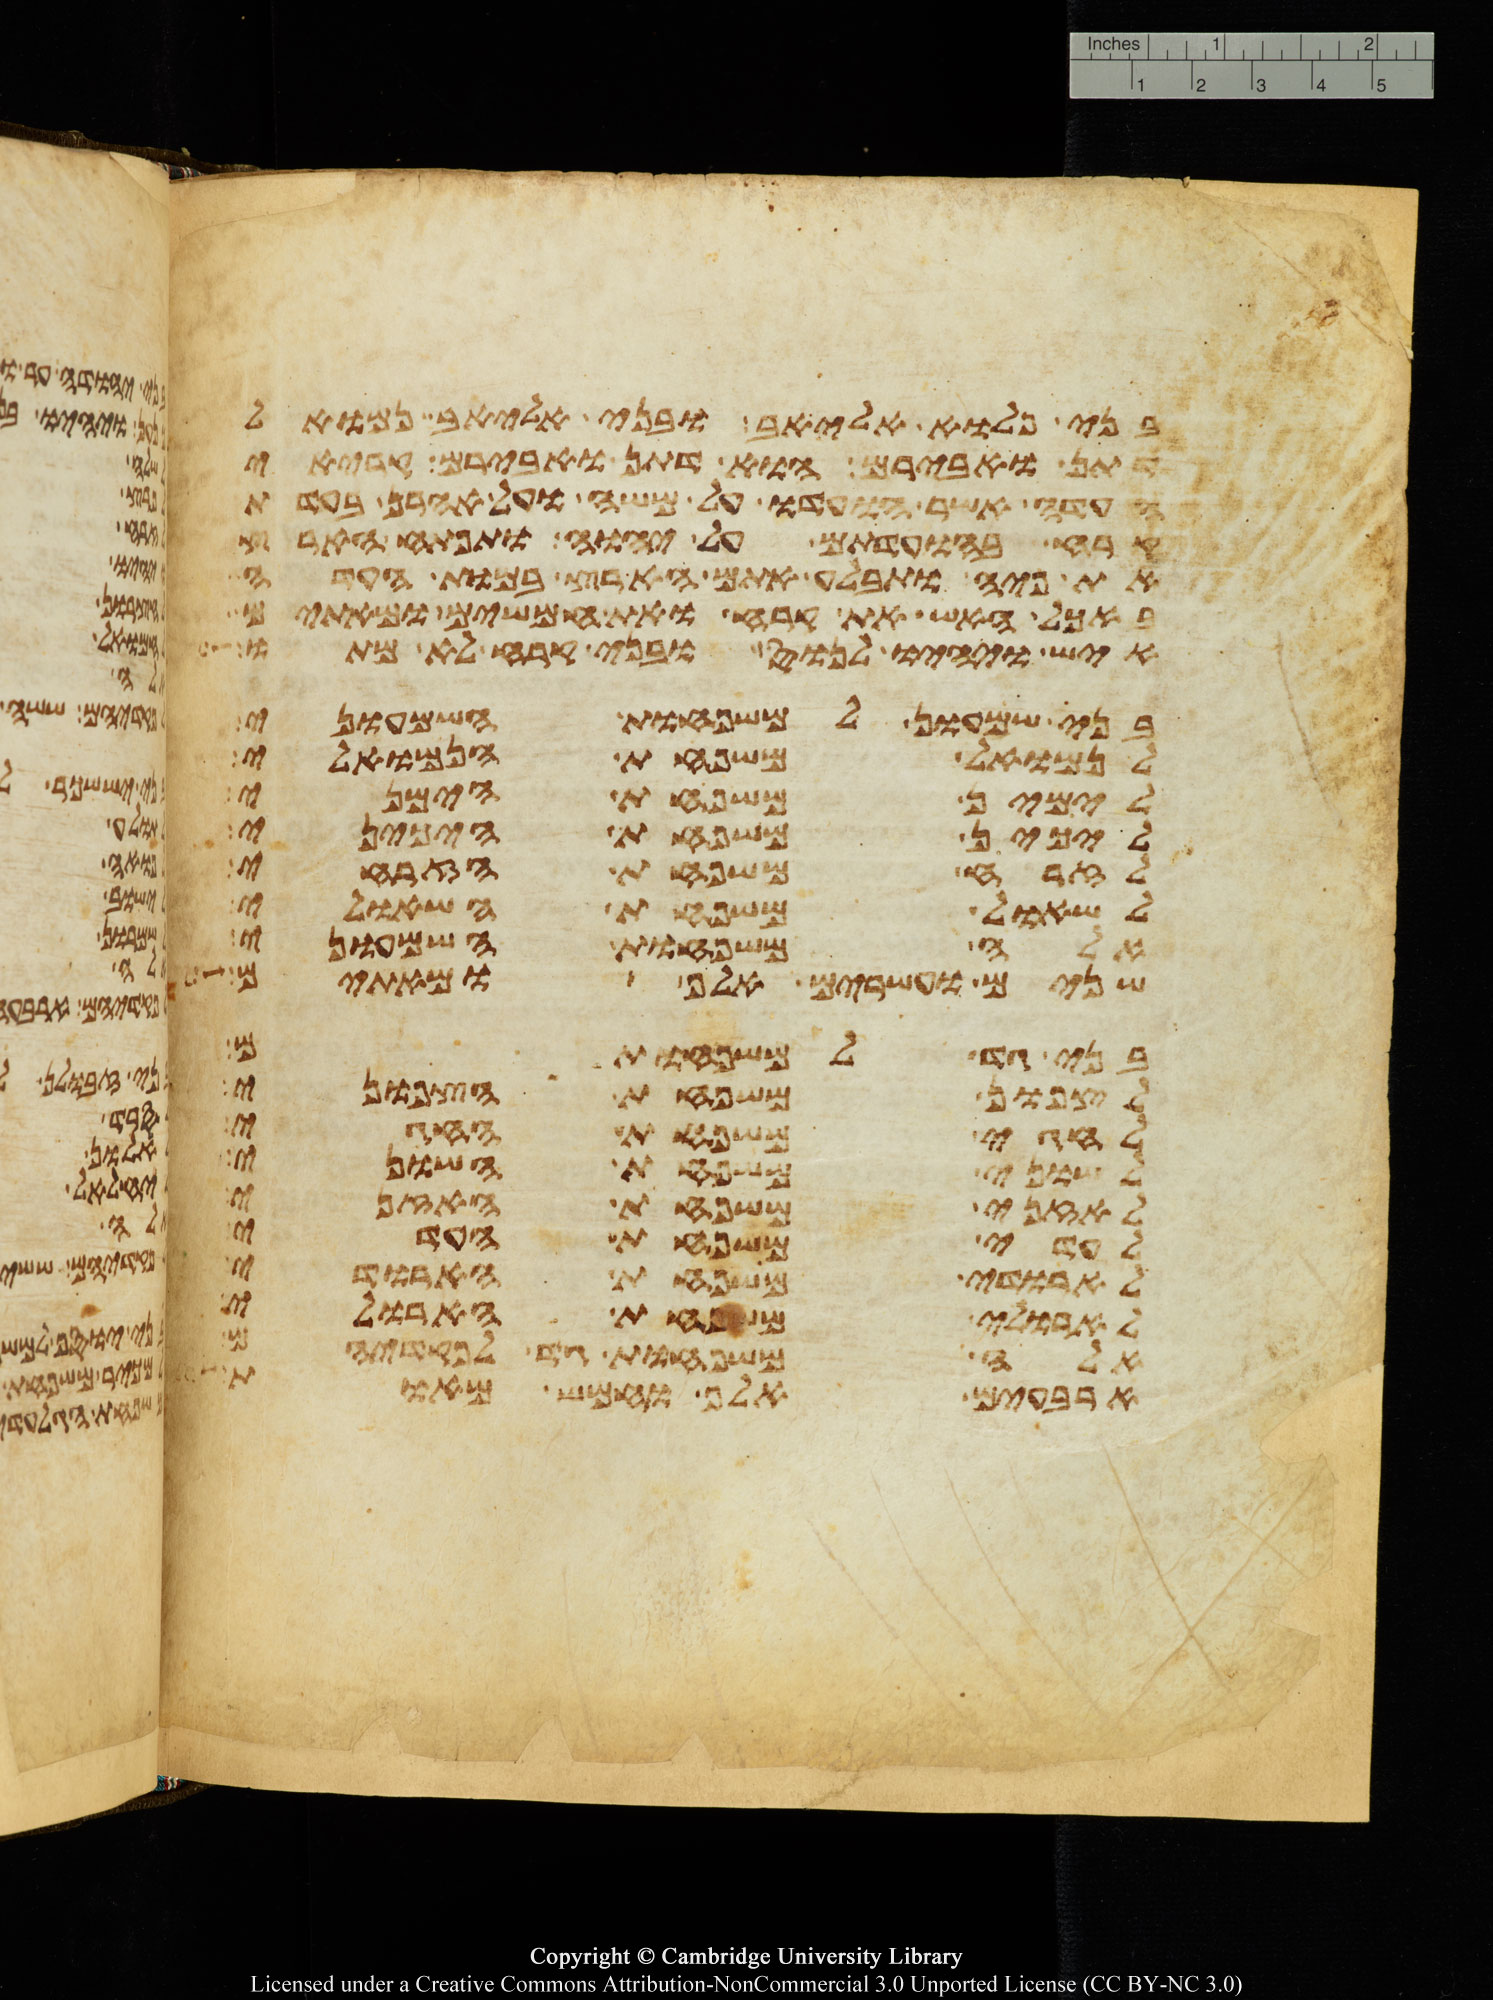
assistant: בני פלוא אליאב ובני אליאב נמואל
דתן ואבירם הוא דתן ואבירם קריאי
העדה אשר הועדו על משה ועל אהרן בעדת
קרח בהועדתם על יהוה ותפתח הארץ
את פיה ותבלע אתם הארץ במות העדה
באכל האש את קרח ואת חמשים ומאתים
איש ויהיו לנוס ובני קרח לא מתו
בני שמעון למשפחות השמעוני
לנמואל משפחת הנמואלי
לימין משפחת הימיני
ליכין משפחת היכיני
לזרח משפחת הזרחי
לשאול משפחת השאולי
אלה משפחות השמעוני
שנים ועשרים אלף ומאתים
בני גד למשפחותם
לצפון משפחת הצפוני
לחגי משפחת החגי
לשוני משפחת השוני
לאזני משפחת האזני
לעדי משפחת העדי
לארד משפחת הארדי
לארולי משפחת הארולי
אלה משפחות גד לפקדיהם
ארבעים אלף וחמש מאות